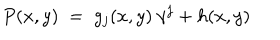
LaTeX: P ( x , y ) \; = \; g _ { j } ( x , y ) \: \gamma ^ { j } + h ( x , y )